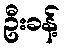
ဦးခန့်